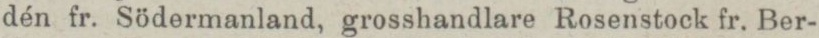
dén fr. Södermanland, grosshandlare Rosenstock fr. Ber-